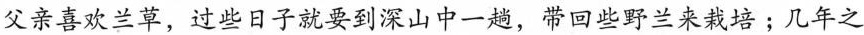
父亲喜欢兰草，过些日子就要到深山中一趟，带回些野兰来栽培;几年之